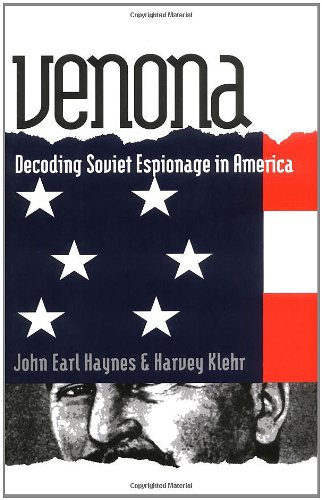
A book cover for Venona: Decoding Soviet Espionage in America (Annals of Communism); John Earl Haynes; History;